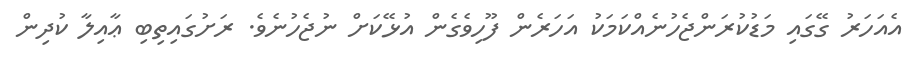
އެއަހަރު ގޭގައި މަޑުކުރަންޖެހުނެއްކަމަކު އަހަރެން ފޫހިވެގެން އުޅޭކަށް ނުޖެހުނެވެ. ރަށުގައިތިބި ޢާއިލާ ކުދިން